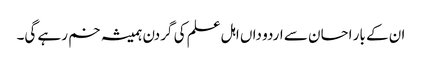
ان کے بار احسان سے اردو داں اہل علم کی گردن ہمیشہ خم رہے گی۔